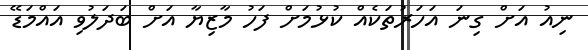
ނިއު އަށް ގިނަ އަހަރުތަކެއް ކުޅުމަށް ފަހު މާޒިޔާ އަށް ބަދަލުވި އައްމަޑޭ